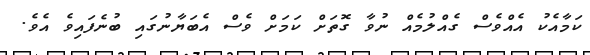
ކަމާއެކު އެއްވެސް ގެއްލުމެއް ނުވާ ގޮތަށް ކަމަށް ވެސް އެބަޔާނުގައި ބުނެފައިވެ އެވެ.